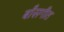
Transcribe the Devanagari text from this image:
बाँसगीत